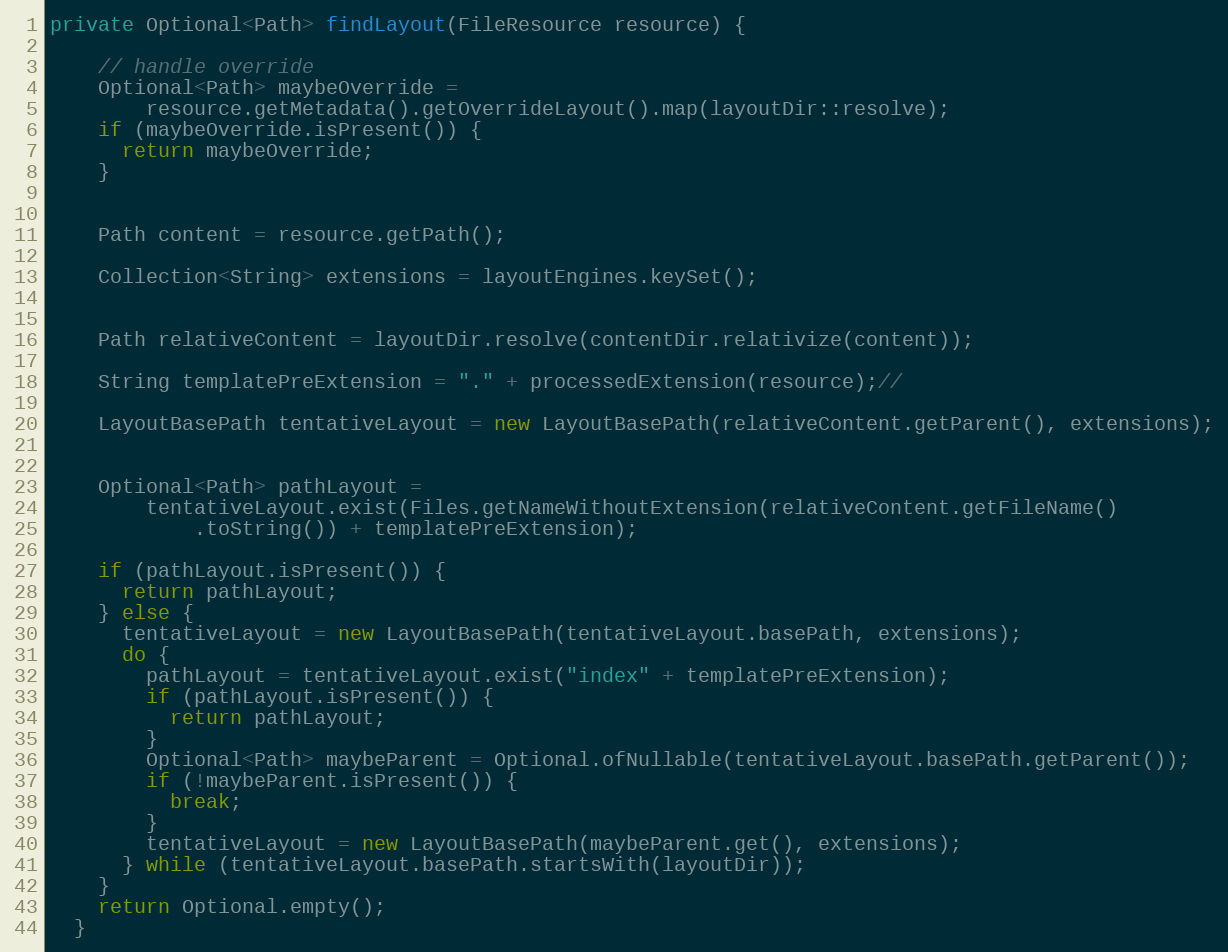
Language: Java
private Optional<Path> findLayout(FileResource resource) {

    // handle override
    Optional<Path> maybeOverride =
        resource.getMetadata().getOverrideLayout().map(layoutDir::resolve);
    if (maybeOverride.isPresent()) {
      return maybeOverride;
    }

    Path content = resource.getPath();

    Collection<String> extensions = layoutEngines.keySet();

    Path relativeContent = layoutDir.resolve(contentDir.relativize(content));

    String templatePreExtension = "." + processedExtension(resource);//

    LayoutBasePath tentativeLayout = new LayoutBasePath(relativeContent.getParent(), extensions);

    Optional<Path> pathLayout =
        tentativeLayout.exist(Files.getNameWithoutExtension(relativeContent.getFileName()
            .toString()) + templatePreExtension);

    if (pathLayout.isPresent()) {
      return pathLayout;
    } else {
      tentativeLayout = new LayoutBasePath(tentativeLayout.basePath, extensions);
      do {
        pathLayout = tentativeLayout.exist("index" + templatePreExtension);
        if (pathLayout.isPresent()) {
          return pathLayout;
        }
        Optional<Path> maybeParent = Optional.ofNullable(tentativeLayout.basePath.getParent());
        if (!maybeParent.isPresent()) {
          break;
        }
        tentativeLayout = new LayoutBasePath(maybeParent.get(), extensions);
      } while (tentativeLayout.basePath.startsWith(layoutDir));
    }
    return Optional.empty();
  }